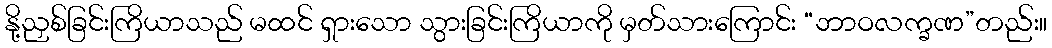
နို့ညှစ်ခြင်းကြိယာသည် မထင် ရှားသော သွားခြင်းကြိယာကို မှတ်သားကြောင်း “ဘာဝလက္ခဏ”တည်း။